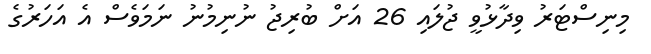
މިނިސްޓަރު ވިދާޅުވީ ޖުލައި 26 އަށް ބުރިޖު ނުނިމުނު ނަމަވެސް އެ އަހަރުގެ